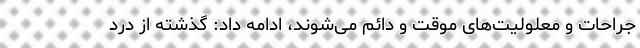
جراحات و معلولیت‌­های موقت و دائم می‌­شوند، ادامه داد: گذشته از درد